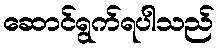
ဆောင်ရွက်ရပါသည်